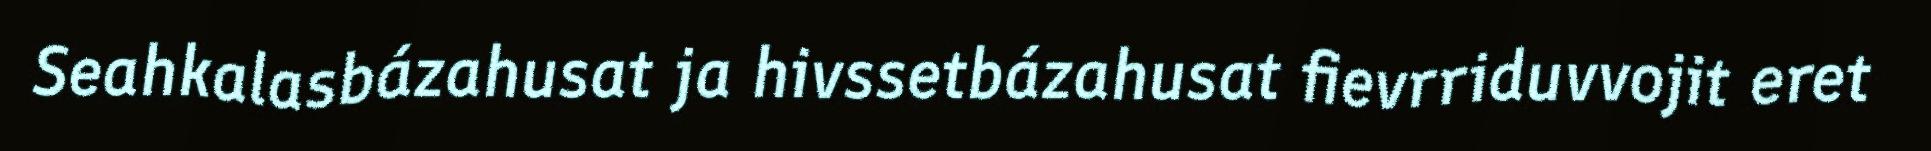
Seahkalasbázahusat ja hivssetbázahusat fievrriduvvojit eret